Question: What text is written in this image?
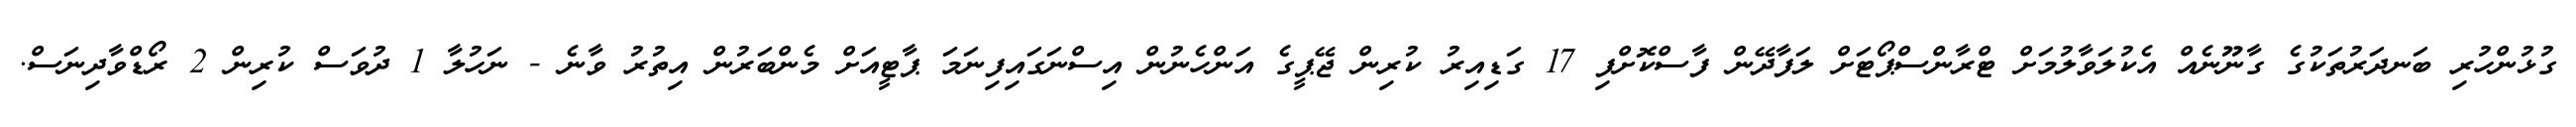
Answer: ގުޅުންހުރި ބަނދަރުތަކުގެ ގާނޫނެއް އެކުލަވާލުމަށް ޓްރާންސްޕޯޓަށް ލަފާދޭން ފާސްކޮށްފި 17 ގަޑިއިރު ކުރިން ޖޭޕީގެ އަންހެނުން އިސްނަގައިފިނަމަ ޕާޓީއަށް މެންބަރުން އިތުރު ވާނެ - ނަހުލާ 1 ދުވަސް ކުރިން 2 ރޯޑްވާދިނަސް.